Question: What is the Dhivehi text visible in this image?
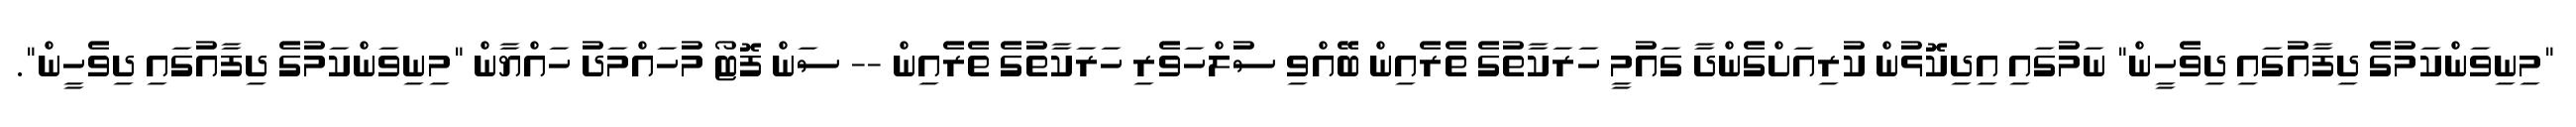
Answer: "މިނިވަންކަމުގެ ދިފާއުގައި ދިވެހީން" ނަމުގައި އިދިކޮޅުން ކުރިއަށްގެންދާ ގައުމީ ހަރަކާތުގެ ތެރެއިން ބޭއްވި ސުލްހަވެރި ހަރަކާތުގެ ތެރެއިން -- ސަން ފޮޓޯ މުހައްމަދު ހައްޔާން "މިނިވަންކަމުގެ ދިފާއުގައި ދިވެހީން".